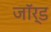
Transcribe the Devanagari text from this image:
जाॅर्ड